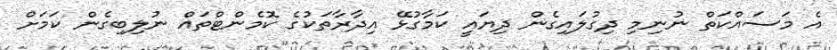
އެ މަަސައްކަތް ނުނިމި ދިގުލައިގެން ދިޔައީ ކަމާގުޅޭ އިދާރާތަކުގެ ކޮމެންޓްތައް ނުލިބިގެން ކަމަށް